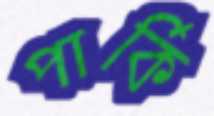
পার্কি